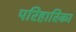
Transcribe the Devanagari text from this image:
परिहारिका